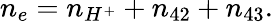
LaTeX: n_{e}=n_{H^{+}}+n_{42}+n_{43}.